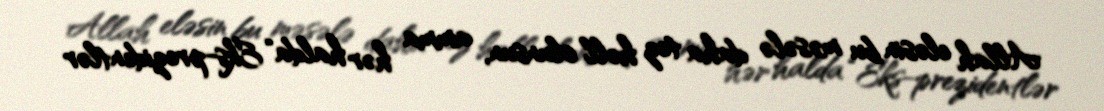
Allah eləsin bu məsələ daha tez həll olunsun, amma hər halda “Eks-prezidentlər